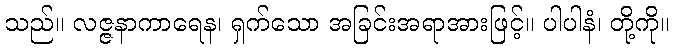
သည်။ လဇ္ဇနာကာရေန၊ ရှက်သော အခြင်းအရာအားဖြင့်။ ပါပါနံ၊ တို့ကို။